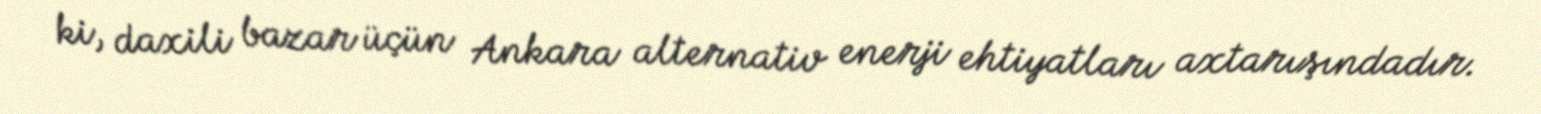
ki, daxili bazar üçün Ankara alternativ enerji ehtiyatları axtarışındadır.